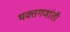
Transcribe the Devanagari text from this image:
भक्तगणांती